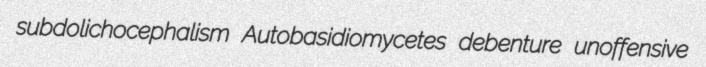
subdolichocephalism Autobasidiomycetes debenture unoffensive